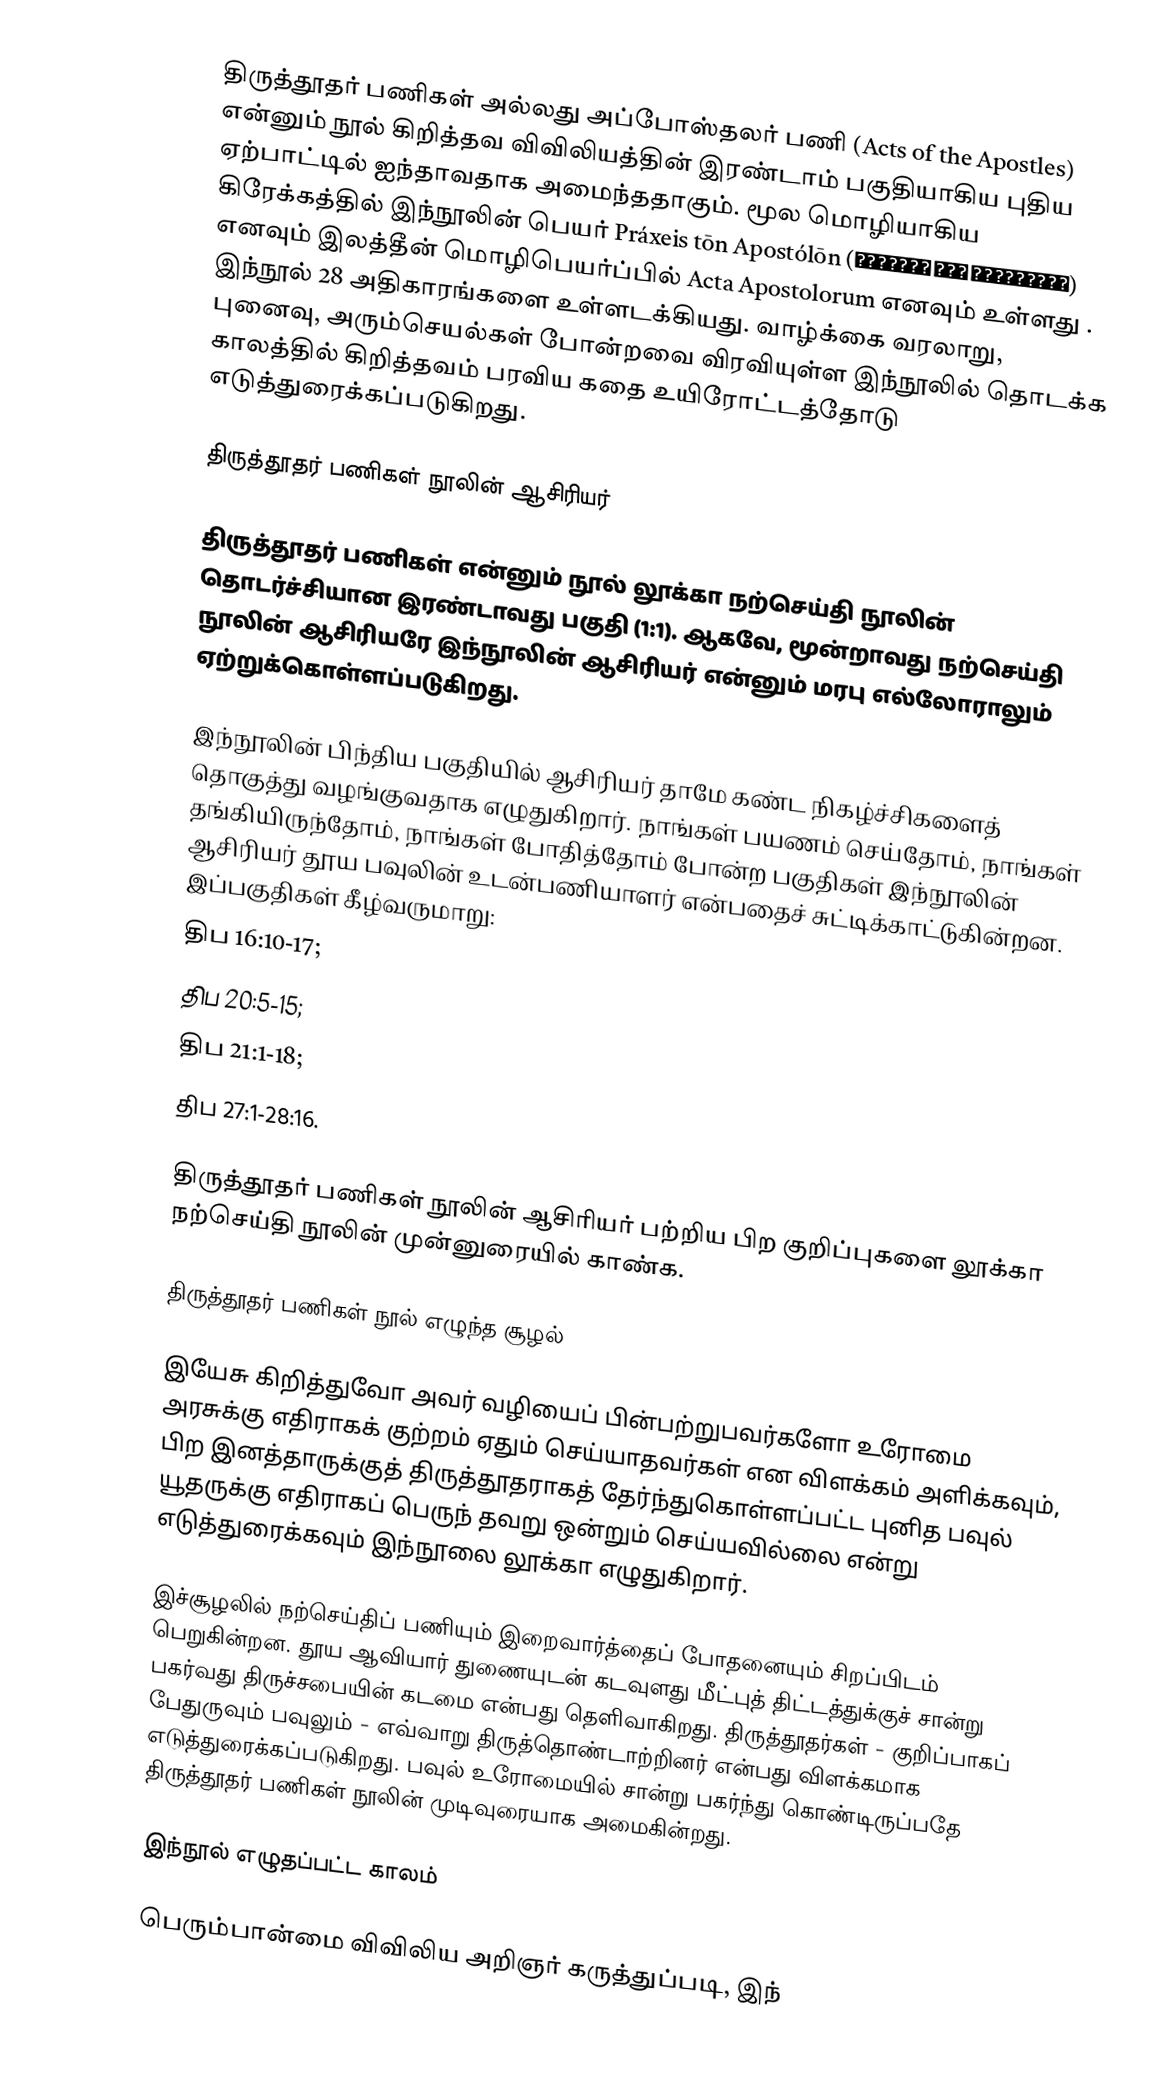
திருத்தூதர் பணிகள் அல்லது அப்போஸ்தலர் பணி (Acts of the Apostles) என்னும் நூல் கிறித்தவ விவிலியத்தின் இரண்டாம் பகுதியாகிய புதிய ஏற்பாட்டில் ஐந்தாவதாக அமைந்ததாகும். மூல மொழியாகிய கிரேக்கத்தில் இந்நூலின் பெயர்  Práxeis tōn Apostólōn  (Πράξεις των Αποστόλων) எனவும் இலத்தீன் மொழிபெயர்ப்பில்  Acta Apostolorum எனவும் உள்ளது .  இந்நூல் 28 அதிகாரங்களை உள்ளடக்கியது. வாழ்க்கை வரலாறு, புனைவு, அரும்செயல்கள் போன்றவை விரவியுள்ள இந்நூலில் தொடக்க காலத்தில் கிறித்தவம் பரவிய கதை உயிரோட்டத்தோடு எடுத்துரைக்கப்படுகிறது.

திருத்தூதர் பணிகள் நூலின் ஆசிரியர்

திருத்தூதர் பணிகள்  என்னும் நூல் லூக்கா நற்செய்தி நூலின் தொடர்ச்சியான இரண்டாவது பகுதி (1:1). ஆகவே, மூன்றாவது நற்செய்தி நூலின் ஆசிரியரே இந்நூலின் ஆசிரியர் என்னும் மரபு எல்லோராலும் ஏற்றுக்கொள்ளப்படுகிறது.

இந்நூலின் பிந்திய பகுதியில் ஆசிரியர் தாமே கண்ட நிகழ்ச்சிகளைத் தொகுத்து வழங்குவதாக எழுதுகிறார். நாங்கள் பயணம் செய்தோம், நாங்கள் தங்கியிருந்தோம், நாங்கள் போதித்தோம் போன்ற பகுதிகள் இந்நூலின் ஆசிரியர் தூய பவுலின் உடன்பணியாளர் என்பதைச் சுட்டிக்காட்டுகின்றன.  இப்பகுதிகள் கீழ்வருமாறு:
 திப 16:10-17;
 திப 20:5-15;
 திப 21:1-18;
 திப 27:1-28:16.

திருத்தூதர் பணிகள் நூலின் ஆசிரியர் பற்றிய பிற குறிப்புகளை லூக்கா நற்செய்தி நூலின் முன்னுரையில் காண்க.

 திருத்தூதர் பணிகள் நூல் எழுந்த சூழல்

இயேசு கிறித்துவோ அவர் வழியைப் பின்பற்றுபவர்களோ உரோமை அரசுக்கு எதிராகக் குற்றம் ஏதும் செய்யாதவர்கள் என விளக்கம் அளிக்கவும், பிற இனத்தாருக்குத் திருத்தூதராகத் தேர்ந்துகொள்ளப்பட்ட புனித பவுல் யூதருக்கு எதிராகப் பெருந் தவறு ஒன்றும் செய்யவில்லை என்று எடுத்துரைக்கவும் இந்நூலை லூக்கா எழுதுகிறார்.

இச்சூழலில் நற்செய்திப் பணியும் இறைவார்த்தைப் போதனையும் சிறப்பிடம் பெறுகின்றன. தூய ஆவியார்  துணையுடன் கடவுளது மீட்புத் திட்டத்துக்குச் சான்று பகர்வது திருச்சபையின் கடமை என்பது தெளிவாகிறது. திருத்தூதர்கள் - குறிப்பாகப் பேதுருவும்  பவுலும்  - எவ்வாறு திருத்தொண்டாற்றினர் என்பது விளக்கமாக எடுத்துரைக்கப்படுகிறது. பவுல் உரோமையில் சான்று பகர்ந்து கொண்டிருப்பதே திருத்தூதர் பணிகள் நூலின் முடிவுரையாக அமைகின்றது.

 இந்நூல் எழுதப்பட்ட காலம்

பெரும்பான்மை விவிலிய அறிஞர் கருத்துப்படி, இந்